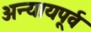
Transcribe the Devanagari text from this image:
अन्यायपूर्व